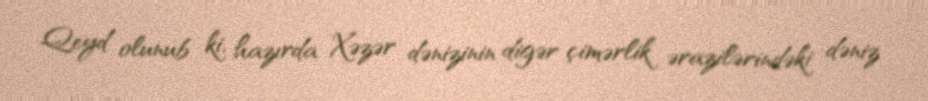
Qeyd olunub ki, hazırda Xəzər dənizinin digər çimərlik ərazilərindəki dəniz